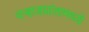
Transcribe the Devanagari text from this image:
वर्‍हाडप्रांतामध्ये